Indian journal of veterinary science and animal husbandry - Volumes 18-21, 1948-1951
Year: 1948
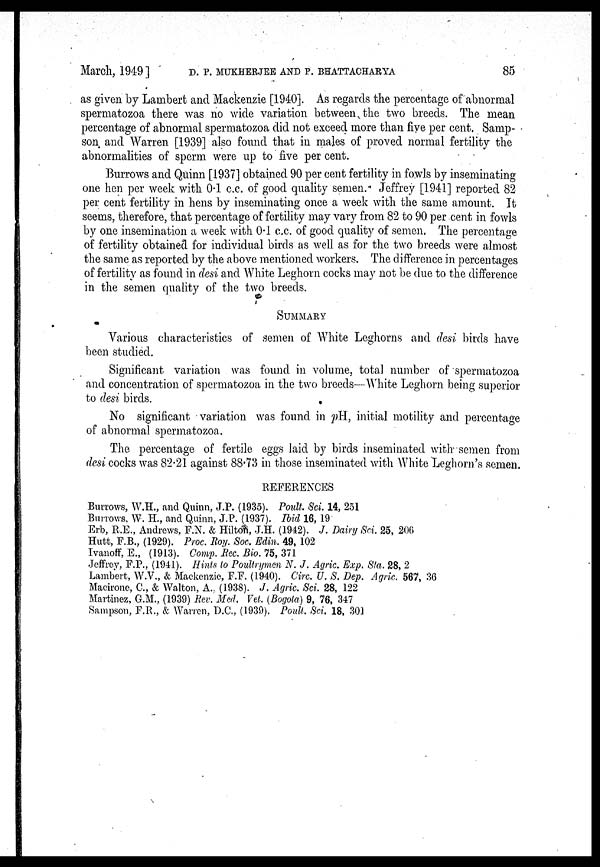
March, 1949] D. P. MUKHERJEE AND P. BHATTAOHARYA 85
as given by Lambert and Mackenzie [1940], As regards the percentage of abnormal
spermatozoa there was no wide variation between the two breeds. The mean
percentage of abnormal spermatozoa did not exceed more than five per cent. Samp-
son and Warren [1939] also found that in males of proved normal fertility the
abnormalities of sperm were up to five per cent.
Burrows and Quinn [1937] obtained 90 per cent fertility in fowls by inseminating
one hen per week with 0.1 c.c. of good quality semen. Jeffrey [1941] reported 82
per cent fertility in hens by inseminating once a week with the same amount. It
seems, therefore, that percentage of fertility may vary from 82 to 90 per cent in fowls
by one insemination a week with 0.1 c.c. of good quality of semen. The percentage
of fertility obtained for individual birds as well as for the two breeds were almost
the same as reported by the above mentioned workers. The difference in percentages
of fertility as found in desi and White Leghorn cocks may not be due to the difference
in the semen quality of the two breeds.
SUMMARY
Various characteristics of semen of White Leghorns and desi birds have
been studied.
Significant variation was found in volume, total number of spermatozoa
and concentration of spermatozoa in the two breeds—White Leghorn being superior
to desi birds.
No significant variation was found in pH, initial motility and percentage
of abnormal spermatozoa.
The percentage of fertile eggs laid by birds inseminated with semen from
desi cocks was 82.21 against 88.73 in those inseminated with White Leghorn's semen.
REFERENCES
Burrows, W.H., and Quinn, J.P. (1935). Poult. Sci. 14, 251
Burrows, W. H., and Quinn, J.P. (1937). Ibid 16, 19
Erb, R.E., Andrews, F.N. & Hilton, J.H. (1942). J. Dairy Sci. 25, 206
Hutt, F.B., (1929). Proc. Roy. Soc. Edin. 49, 102
Ivanoff, E., (1913). Comp. Rec. Bio. 75, 371
Jeffrey, F.P., (1941). Hints to Poultrymen N. J. Agric. Exp. Sta. 28, 2
Lambert, W.V., & Mackenzie, F.F. (1940). Circ. U. S. Dep. Agric. 567, 36
Macirone, C., & Walton, A. (1938). J. Agric. Sci. 28, 122
Martinez, G.M., (1939) Rev. Med. Vet. (Bogota) 9, 76, 347
Sampson, F.R., & Warren, D.C., (1939). Poult. Sci. 18, 301